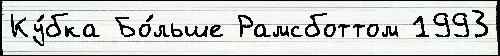
Ку́бка Бо́льше Рамсботтом 1993